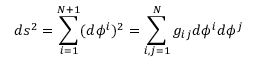
d s ^ { 2 } = \sum _ { i = 1 } ^ { N + 1 } ( d \phi ^ { i } ) ^ { 2 } = \sum _ { i , j = 1 } ^ { N } g _ { i j } d \phi ^ { i } d \phi ^ { j }